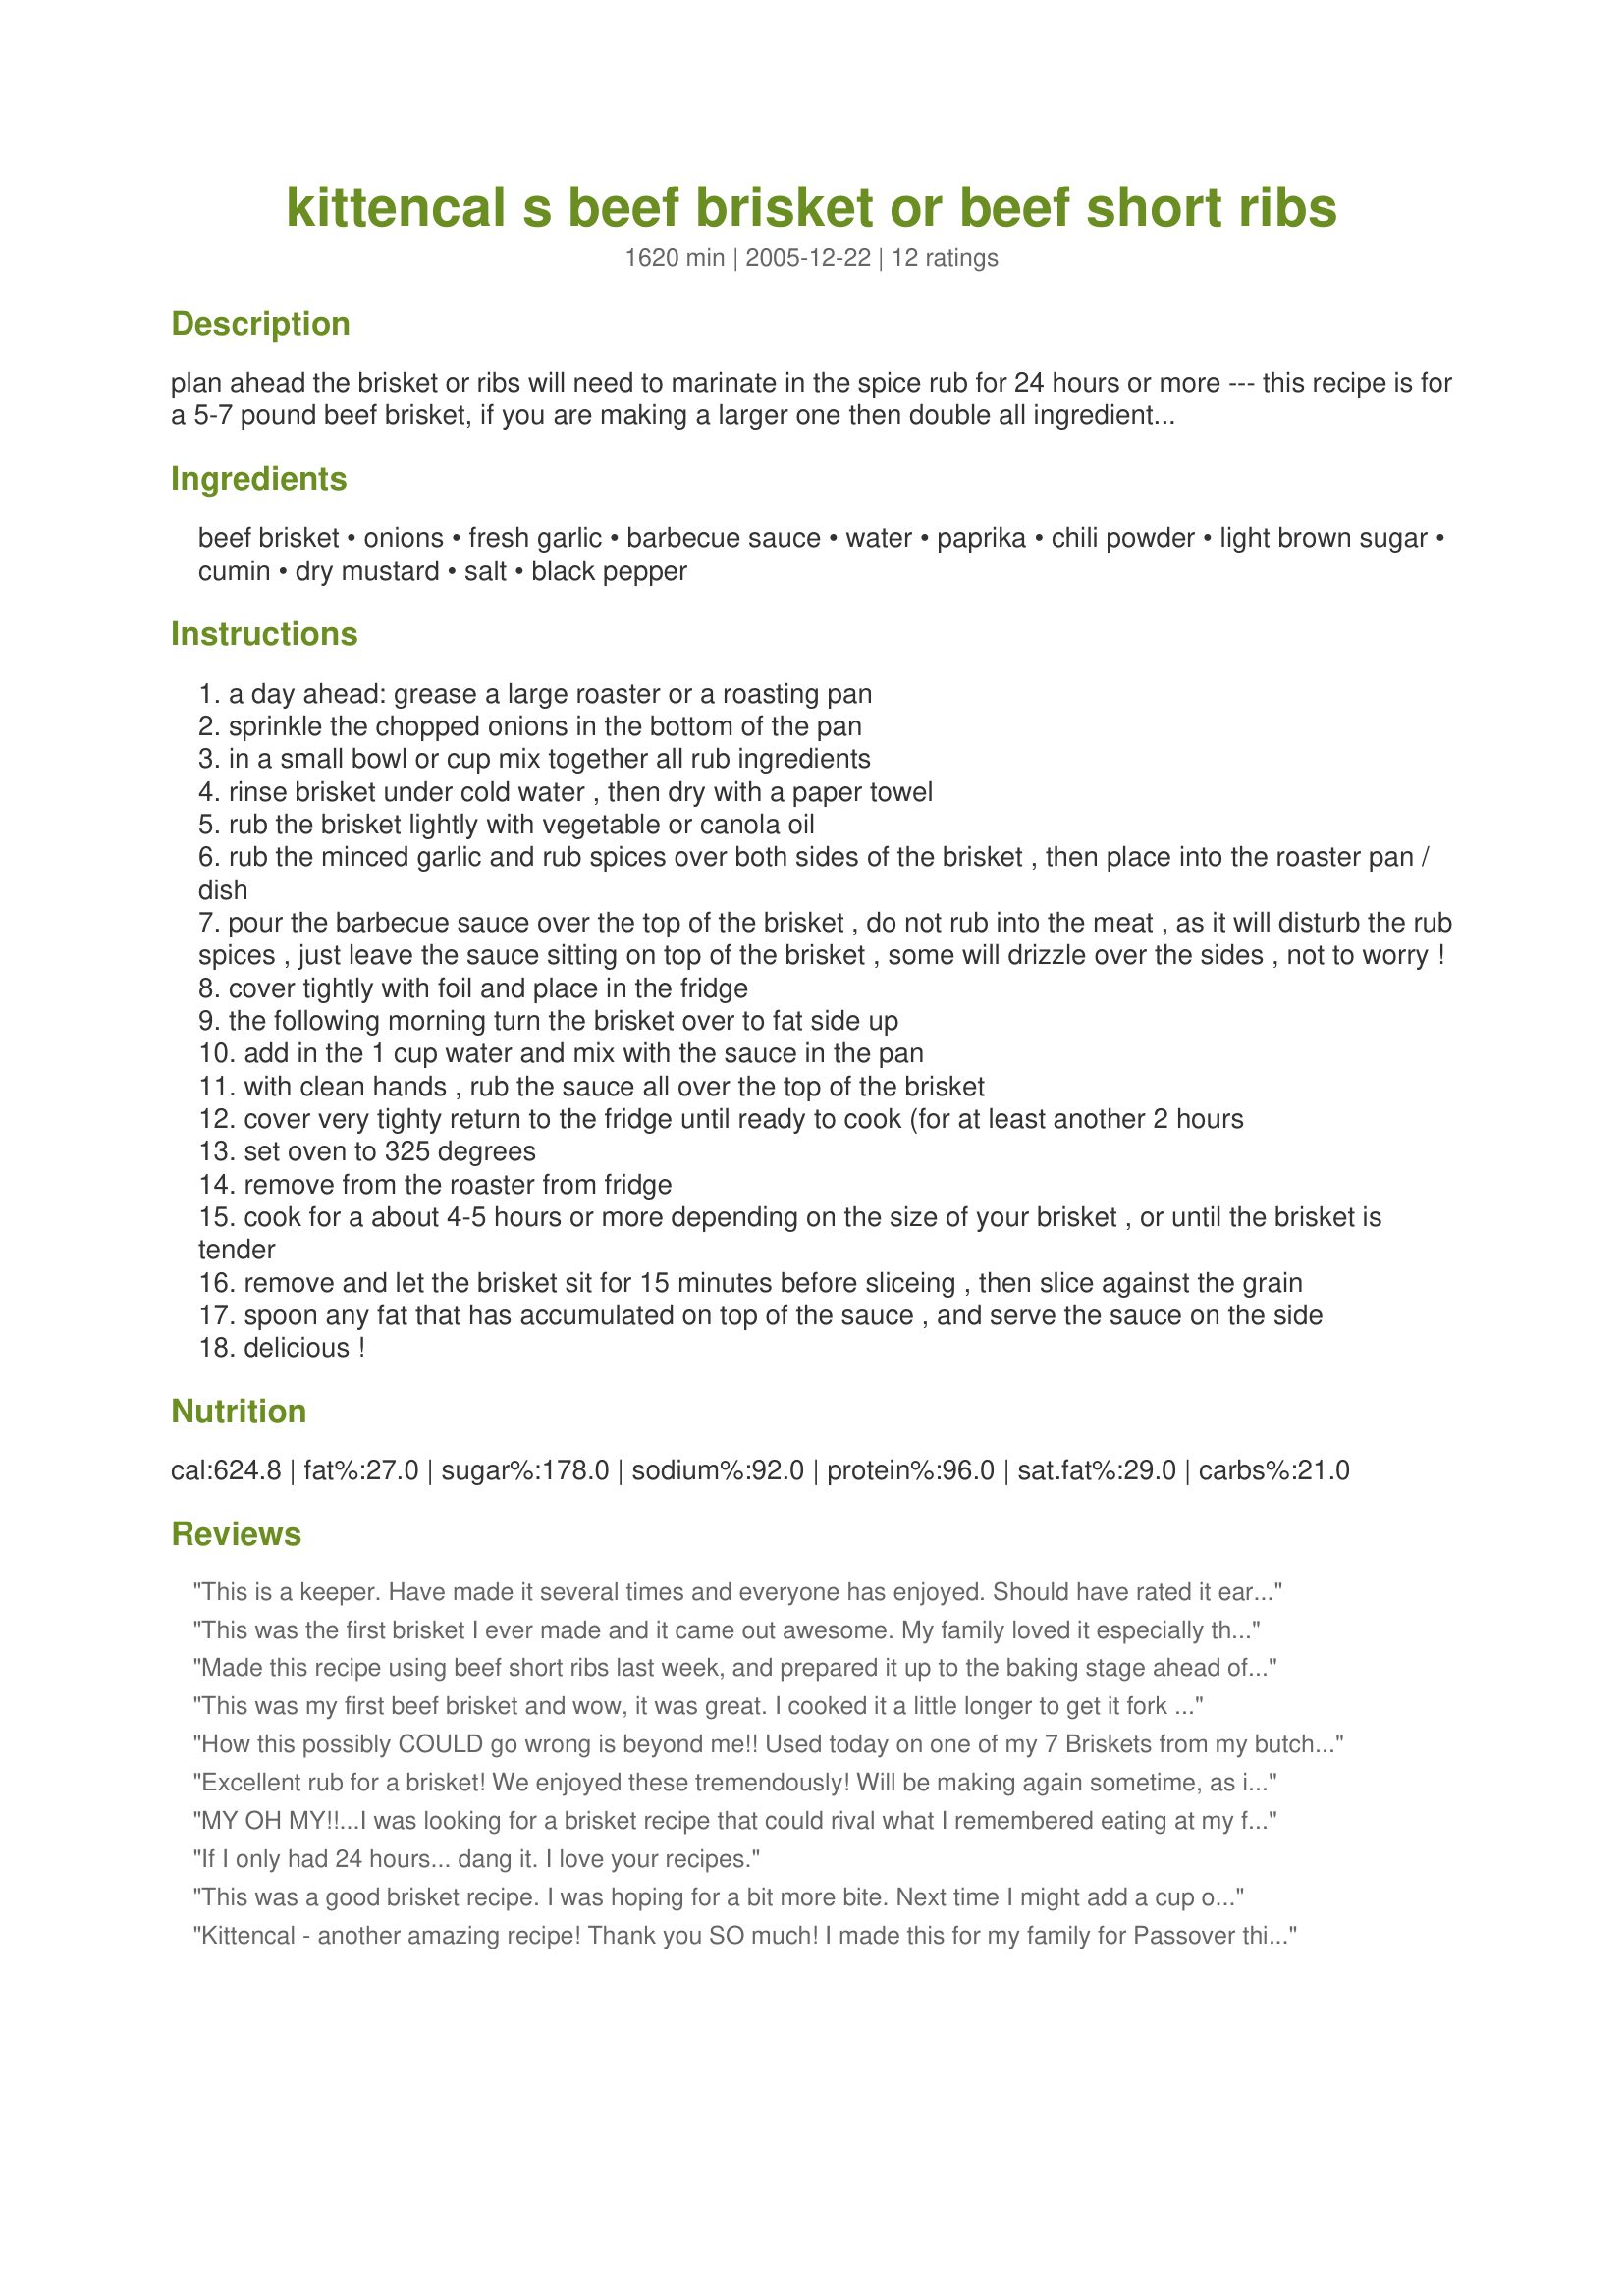
kittencal s beef brisket or beef short ribs
Preparation time: 1620 minutes

plan ahead the brisket or ribs will need to marinate in the spice rub for 24 hours or more --- this recipe is for a 5-7 pound beef brisket, if you are making a larger one then double all ingredients --- servings and cooking time are only estimated depending on the size of your brisket --- i use my recipe#232433 for this, you may use you own favorite sauce.

Ingredients:
beef brisket, onions, fresh garlic, barbecue sauce, water, paprika, chili powder, light brown sugar, cumin, dry mustard, salt, black pepper

Steps:
a day ahead: grease a large roaster or a roasting pan
sprinkle the chopped onions in the bottom of the pan
in a small bowl or cup mix together all rub ingredients
rinse brisket under cold water , then dry with a paper towel
rub the brisket lightly with vegetable or canola oil
rub the minced garlic and rub spices over both sides of the brisket , then place into the roaster pan / dish
pour the barbecue sauce over the top of the brisket , do not rub into the meat , as it will disturb the rub spices , just leave the sauce sitting on top of the brisket , some will drizzle over the sides , not to worry !
cover tightly with foil and place in the fridge
the following morning turn the brisket over to fat side up
add in the 1 cup water and mix with the sauce in the pan
with clean hands , rub the sauce all over the top of the brisket
cover very tighty return to the fridge until ready to cook (for at least another 2 hours
set oven to 325 degrees
remove from the roaster from fridge
cook for a about 4-5 hours or more depending on the size of your brisket , or until the brisket is tender
remove and let the brisket sit for 15 minutes before sliceing , then slice against the grain
spoon any fat that has accumulated on top of the sauce , and serve the sauce on the side
delicious !

Reviews:
This is a keeper. Have made it several times and everyone has enjoyed. Should have rated it earlier. Thanks Kittencal
This was the first brisket I ever made and it came out awesome. My family loved it especially the sauce ( I used yours ). Thanks so much for sharing.
Made this recipe using beef short ribs last week, and prepared it up to the baking stage ahead of time. I was going up North to help a friend pack to move. Everyone loved it. The rub is heavenly and I plan to make extra jars of the rub to give as gifts with the recipe attached. I think this rub would be great on a roast beef too.
This was my first beef brisket and wow, it was great. I cooked it a little longer to get it fork tender. Made sandwiches with coleslaw. It was a big hit!! thanks for the recipes you post. I have tried many of yours. Keep up the posting!!!!!
How this possibly COULD go wrong is beyond me!!

Used today on one of my 7 Briskets from my butcher this past week.

VERY savory, JUST spicy enough.. I used a great BBQ sauce too.
Thanks K!!
Excellent rub for a brisket! We enjoyed these tremendously! Will be making again sometime, as it sure hit the spot!
MY OH MY!!...I was looking for a brisket recipe that could rival what I remembered eating at my friend's house 15 years ago, and I found it!!..Being a rookie-cook, I was in touch with KITTENCAL the entire way (THANKS KITTENCAL)...I made a couple of changes (STUBBS Dry-Rub and Stubbs Spicy BBQ Sauce)but followed everything else exactly. I had a 6lb brisket that was almost entirely eaten by 3 adults, one 16yr old and 2 children, 9 & 8yrs old. My friends left and 5 minutes later there was a knock at my door...it was my friends wife asking if she could have the recipe!!HAHA...AWESOME RECIPE KITTENCAL!!! THANK YOU AGAIN!!
If I only had 24 hours... dang it. I love your recipes.
This was a good brisket recipe. I was hoping for a bit more bite. Next time I might add a cup of vinegar instead of water or a couple of TBLS of lemon juice. I will also probably also do the black pepper and the cayenne. This is the first time I've ever managed to make a brisket in the oven w/ out totally ruining it. (I usually make it in the crock pot.)
Kittencal - another amazing recipe! Thank you SO much!
I made this for my family for Passover this past week and it was the talk of the table! My other recipe is a pan-sear / braise and I really was looking for a different taste than the traditional "red wine deglaze..." routine. Boy - I am SO happy I found this! This will be the tradition for my family from now on! Thank you again!
well I have come to expect nothing less than 5 stars from Kitten and this one deserves way more, I made this using beef short ribs and let me tell you that they were the best on the planet, there was some grease on the top at the end of cooking from the fat in the ribs, not to worry I just spooned it off, what a winner as all of your recipes are Kit, thank you.
We only used the rub part of this recipe. It appeared that it was just too simple and not enough kinds of spices but I have never been let down by a Kittencal recipe so we gave it a shot. WOW! We loved it. It made the best brisket I have ever had. We also used it on flat iron steak. We used smoked paprika. Thank again Kittencal--you are my go to gal for a wonderful recipes.
